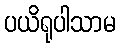
ပယိရုပါသာမ